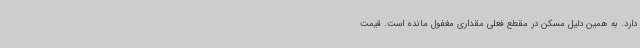
دارد. به همین دلیل مسکن در مقطع فعلی مقداری مغفول مانده است. قیمت